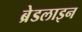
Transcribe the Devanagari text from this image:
ब्रेडलाइन